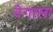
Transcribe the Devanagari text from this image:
वेगाला